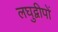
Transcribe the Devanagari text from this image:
लघुद्वीपों